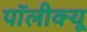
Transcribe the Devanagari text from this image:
पॉलीक्यू